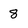
Character: 8